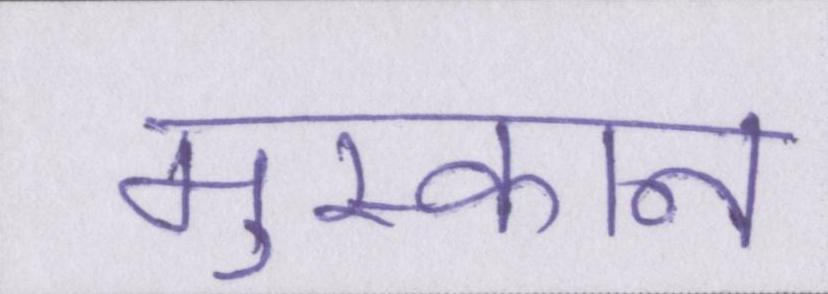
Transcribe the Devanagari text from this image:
मुस्कान